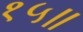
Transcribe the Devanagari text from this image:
१५॥